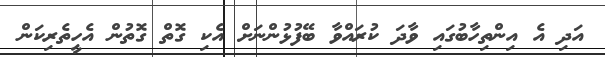
އަދި އެ އިންތިހާބުގައި ވާދަ ކުރައްވާ ބޭފުޅުންނަށް އެކި ގޮތް ގޮތުން އެހީތެރިކަން